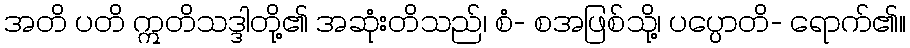
အတိ ပတိ ဣတိသဒ္ဒါတို့၏ အဆုံးတိသည်၊ စံ- စအဖြစ်သို့၊ ပပ္ပောတိ- ရောက်၏။